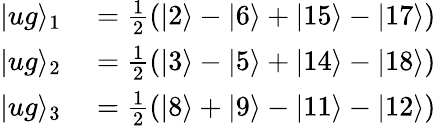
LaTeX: \begin{array}{rl}{\vert ug\rangle_{1}}&{{}=\frac{1}{2}(\vert 2\rangle-\vert 6\rangle+\vert 15\rangle-\vert 17\rangle)}\\ {\vert ug\rangle_{2}}&{{}=\frac{1}{2}(\vert 3\rangle-\vert 5\rangle+\vert 14\rangle-\vert 18\rangle)}\\ {\vert ug\rangle_{3}}&{{}=\frac{1}{2}(\vert 8\rangle+\vert 9\rangle-\vert 11\rangle-\vert 12\rangle)}\end{array}